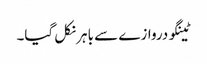
ٹینگو دروازے سے باہر نکل گیا۔